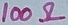
Text: 100Ω